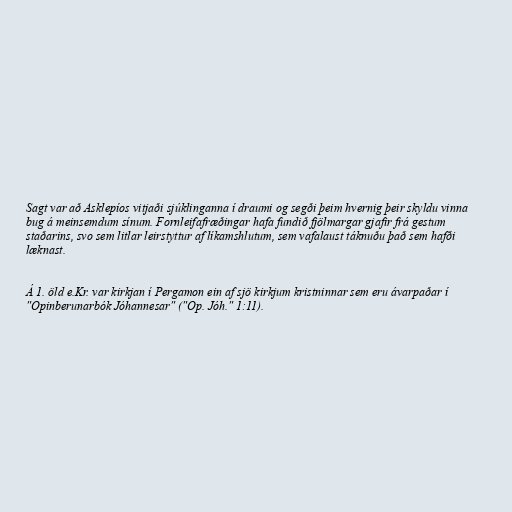
Sagt var að Asklepíos vitjaði sjúklinganna í draumi og segði þeim hvernig þeir skyldu vinna
bug á meinsemdum sínum. Fornleifafræðingar hafa fundið fjölmargar gjafir frá gestum
staðarins, svo sem litlar leirstyttur af líkamshlutum, sem vafalaust táknuðu það sem hafði
læknast.

Á 1. öld e.Kr. var kirkjan í Pergamon ein af sjö kirkjum kristninnar sem eru ávarpaðar í
"Opinberunarbók Jóhannesar" ("Op. Jóh." 1:11).